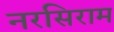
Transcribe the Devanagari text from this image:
नरसिराम